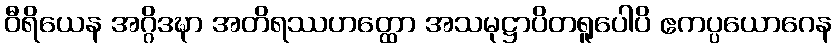
ဝီရိယေန အဂ္ဂိဒဍ္ဎာ အတိရဿဟတ္ထော အသမုဋ္ဌာပိတရူပေါပိ ဧကပ္ပယောဂေန